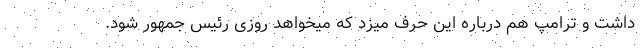
داشت و ترامپ هم درباره این حرف میزد که میخواهد روزی رئیس جمهور شود.